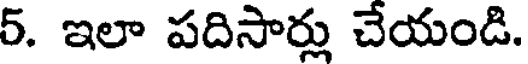
5. ఇలా పదిసార్లు చేయండి.